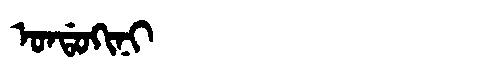
Manchu: ᠣᠨᡩᠣᡴᡳᠨᡳ
Romanization: ONDOKINI